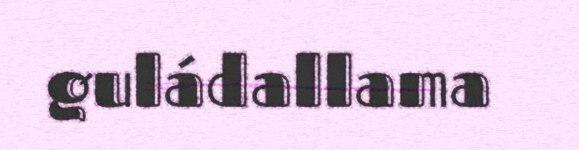
guládallama